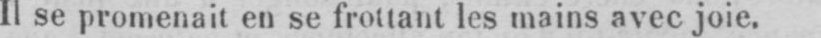
Il se promenait en se frottant les mains avec joie.